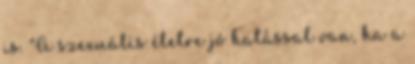
is. "A szexuális életre jó hatással van, ha a